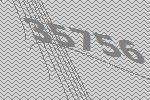
35756